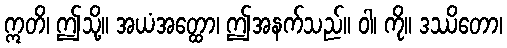
ဣတိ၊ ဤသို့။ အယံအတ္ထော၊ ဤအနက်သည်။ ဝါ၊ ကို။ ဒဿိတော၊